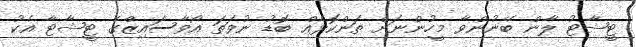
ޓީޝާޓު ލާން ބޭނުންވާ މީހުންނަށް ތަންކޮޅެއް ބޮޑު ނުވަތަ އޯވާސައިޒްގެ ޓީޝާޓާ އެކު